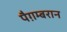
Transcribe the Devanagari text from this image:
पैग़म्बरान